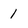
Character: 1